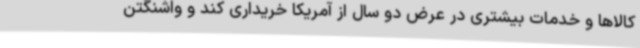
کالاها و خدمات بیشتری در عرض دو سال از آمریکا خریداری کند و واشنگتن